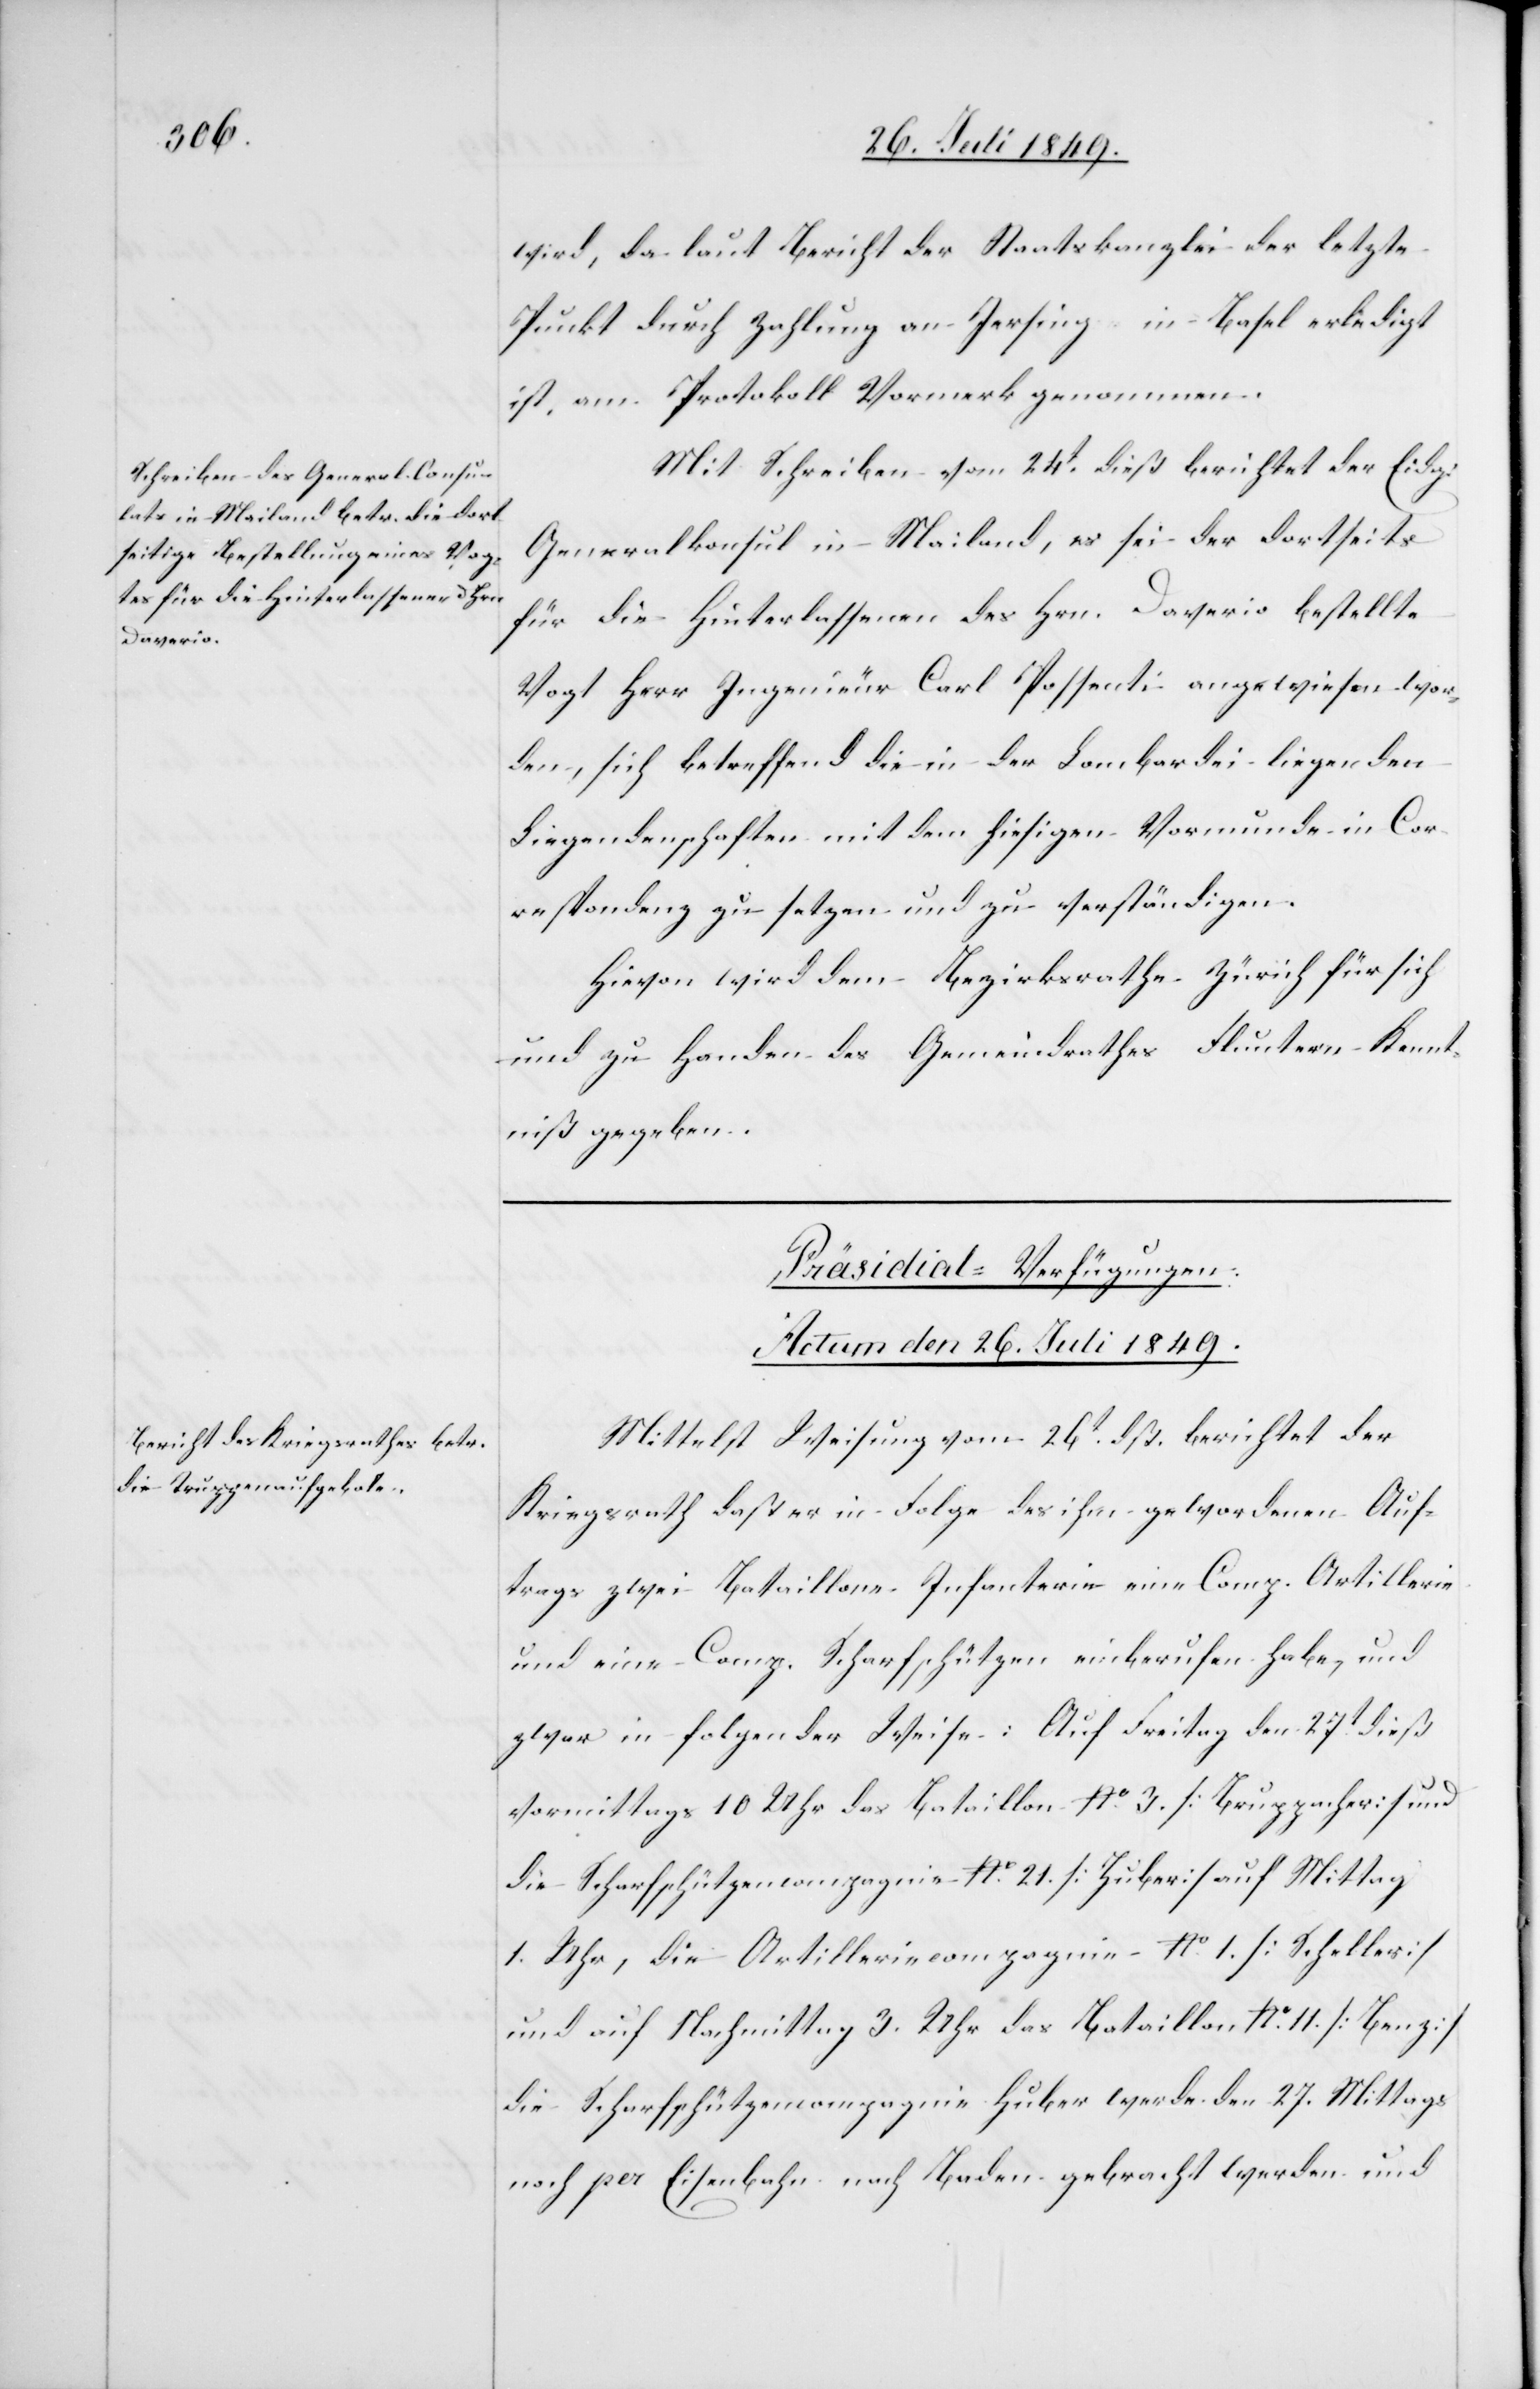
wird, da laut Bericht der Staatskanzlei der letzte
Punkt durch Zahlung an Jersing in Basel erledigt
ist, am Protokoll Vormerk genommen.
Mit Schreiben vom 24t dieß berichtet der Eidg.
Generalkonsul in Mailand, es sei der dortseits
für die Hinterlassenen des Hrn. Daverio bestellte
Vogt Herr Ingenieur Carl Possenti angewiesen wor¬
den, sich betreffend die in der Lombardei liegenden
Liegenschaften mit dem hiesigen Vormunde in Cor¬
respondenz zu setzen und zu verständigen.
Hievon wird dem Bezirksrathe Zürich für sich
und zu Handen des Gemeindrathes Fluntern Kennt¬
niß gegeben.
Präsidial-Verfügungen.
Actum den 26. Juli 1849.
Mittelst Weisung vom 26t dß. berichtet der
Kriegsrath daß er in Folge des ihm gewordenen Auf¬
trags zwei Bataillone Infanterie eine Comp. Artillerie
und eine Comp. Scharfschützen einberufen habe, und
zwar in folgender Weise: Auf Freitag den 27t dieß
vormittags 10 Uhr das Bataillon No. 3. [Bruppacher] und
die Scharfschützencompagnie No. 21 [Huber] auf Mittag
1. Uhr, die Artilleriecompagnie No. 1 [Scheller]
und auf Nachmittag 3. Uhr das Bataillon No. 11. [Benz]
die Scharfschützencompagnie Huber werde den 27. Mittags
noch per Eisenbahn nach Baden gebracht werden und